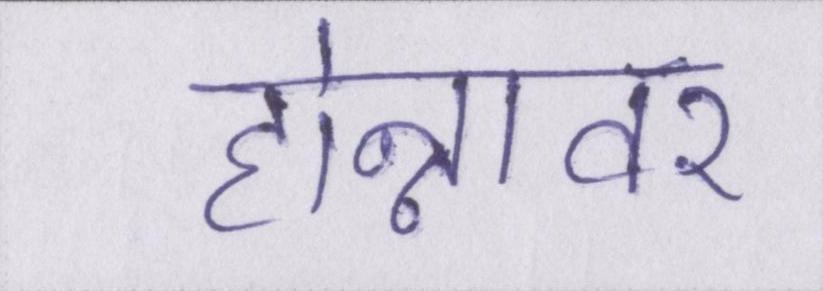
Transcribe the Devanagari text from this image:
होन्नावर